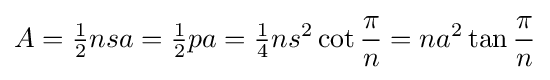
A={\tfrac {1}{2}}nsa={\tfrac {1}{2}}pa={\tfrac {1}{4}}ns^{2}\cot {\frac {\pi }{n}}=na^{2}\tan {\frac {\pi }{n}}